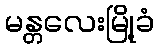
မန္တလေးမြို့ခံ